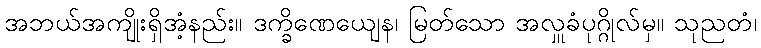
အဘယ်အကျိုးရှိအံ့နည်း။ ဒက္ခိဏေယျေန၊ မြတ်သော အလှူခံပုဂ္ဂိုလ်မှ။ သုညတံ၊